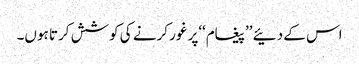
اس کے دئیے ’’پیغام‘‘پر غور کرنے کی کوشش کرتا ہوں۔